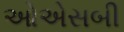
ઓએસબી